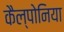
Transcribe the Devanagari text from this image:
कैल्पोनिया